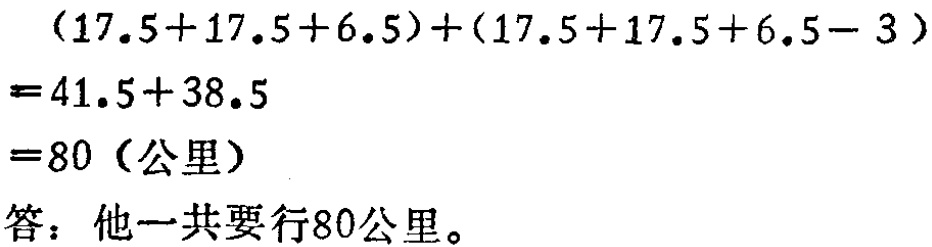
\[(17.5 + 17.5 + 6.5)+(17.5 + 17.5 + 6.5 - 3)=41.5 + 38.5=80 (\text{公里})\]
答：他一共要行80公里。